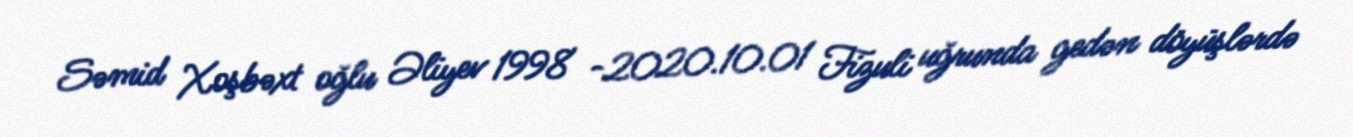
Səmid Xoşbəxt oğlu Əliyev 1998 -2020.10.01 Fizuli uğrunda gedən döyüşlərdə